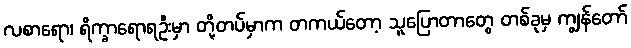
လစာရော၊ ရိက္ခာရောရဦးမှာ တို့တပ်မှာက တကယ်တော့ သူပြောတာတွေ တစ်ခုမှ ကျွန်တော်